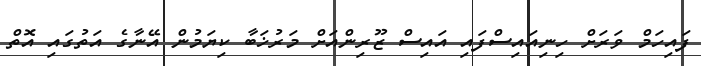
ފައިހަމް ވަރަށް ހިނިއައިސްފައި އައިސް ޒޫރިންއަށް މަރުޚަބާ ކިޔަމުން އޭނާގެ އަތުގައި އޮތް